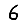
Digit: 6